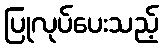
ပြုလုပ်ပေးသည့်